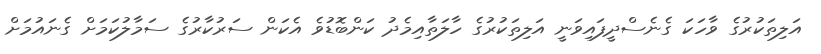
އަލިތަކުރުގެ ވާހަކަ ގެނެސްދީފައިވަނީ އަލިތަކުރުގެ ހާލަތާއިމެދު ކަންބޮޑުވެ އެކަން ސަރުކާރުގެ ސަމާލުކަމަށް ގެނައުމަށް